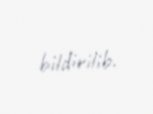
bildirilib.